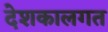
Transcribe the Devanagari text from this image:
देशकालगत